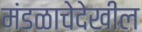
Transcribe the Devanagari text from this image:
मंडळाचेदेखील